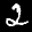
Label: 2